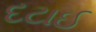
દટાઈ